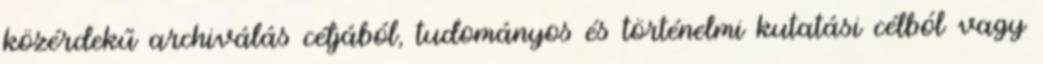
közérdekű archiválás céljából, tudományos és történelmi kutatási célból vagy